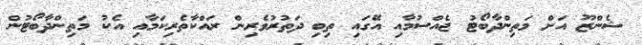
ޝެންޒޫ އަށް މަތިންދާބޯޓު ޖެއްސުމާއި އޭގައި ތިބި ދަތުރުވެރިން ރައްކާތެރިކަމާއި އެކު މަތިންދާބޯޓުން